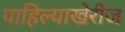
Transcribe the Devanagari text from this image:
पाहिल्याखेरीज